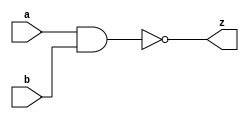
module MyNand(a,b,z);

input a,b;
output z;

assign z= ~(a & b);

endmodule